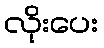
လိုးပေး